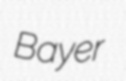
Bayer